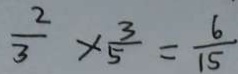
\frac { 2 } { 3 } \times \frac { 3 } { 5 } = \frac { 6 } { 1 5 }